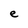
Character: e